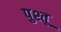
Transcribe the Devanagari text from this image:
पुश्तू